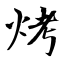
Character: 烤